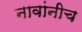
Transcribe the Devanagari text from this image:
नावांनीच